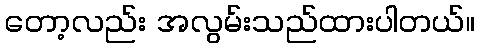
တော့လည်း အလွမ်းသည်ထားပါတယ်။